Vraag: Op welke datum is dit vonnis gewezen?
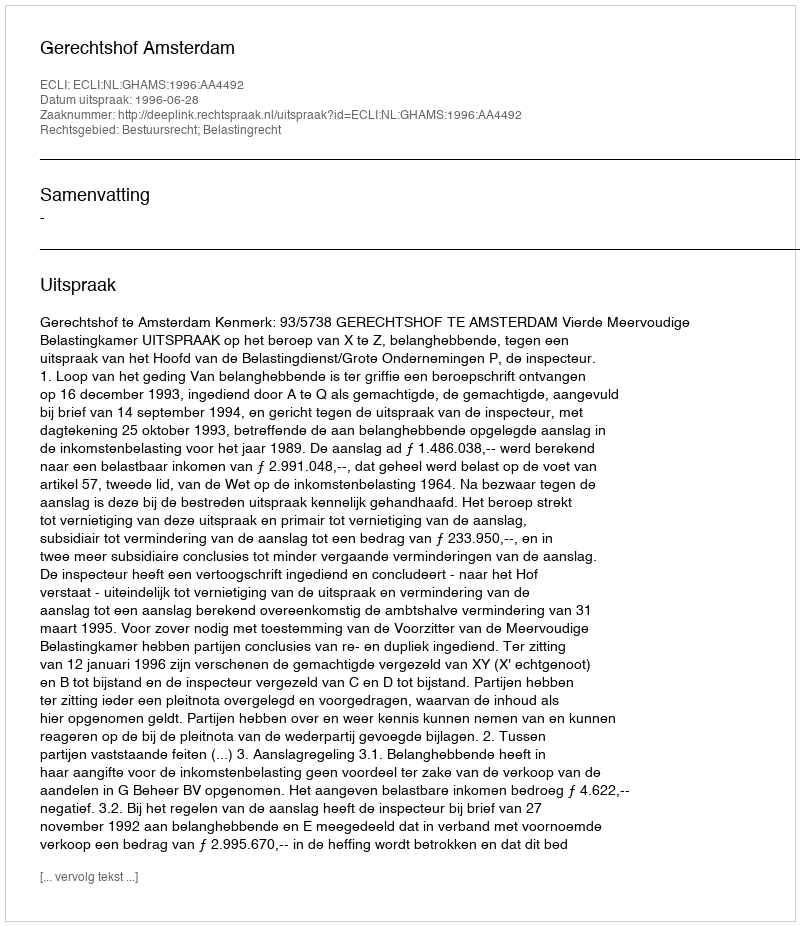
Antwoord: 1996-06-28